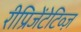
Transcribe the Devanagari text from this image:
रीप्रिजेंटेटिव्ज़